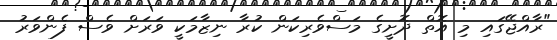
"ރާއްޖޭގައި މި އޮތް ދޮށީގެ މަސްވެރިކަން ކުރާ ނިޒާމަކީ ވަރަށް ވެސް ފެންވަރު